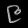
Digit: ၉